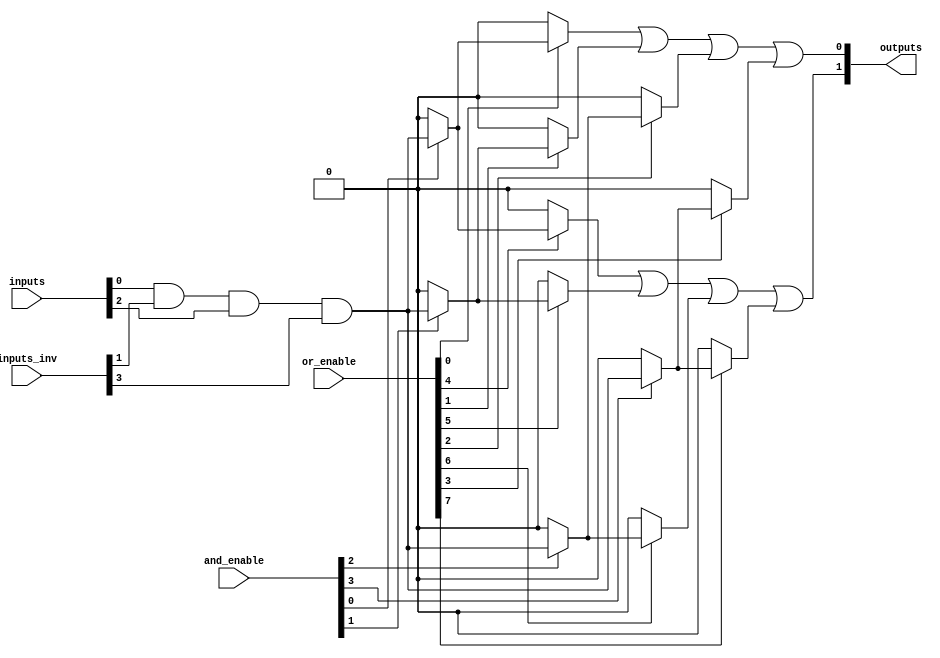
module pla #(parameter N = 4,         // Number of inputs
             parameter M = 2,         // Number of outputs
             parameter P = 4)         // Number of AND gates
(
    input  [N-1:0] inputs,           // Input signals
    input  [N-1:0] inputs_inv,       // Complemented input signals
    input  [P-1:0] and_enable,       // Enable signals for AND gates
    input  [M*P-1:0] or_enable,      // Enable signals for OR gates
    output [M-1:0] outputs            // Output signals
);

// Intermediate AND gate results
wire [P-1:0] and_results;

// Generate AND gates with programmable connections
genvar i;
generate
    for (i = 0; i < P; i = i + 1) begin : and_gates
        assign and_results[i] = (and_enable[i]) ? 
            ((inputs[0] & (N > 1 ? inputs_inv[1] : 1'b1)) &  // Example logic: AND gate connections
            (N > 2 ? inputs[2] : 1'b1) & (N > 3 ? inputs_inv[3] : 1'b1)) : 1'b0;
    end
endgenerate

// OR output calculations
genvar j;
generate
    for (j = 0; j < M; j = j + 1) begin : or_gates
        assign outputs[j] = (or_enable[j*P + 0] ? and_results[0] : 1'b0) |
                            (or_enable[j*P + 1] ? and_results[1] : 1'b0) |
                            (or_enable[j*P + 2] ? and_results[2] : 1'b0) |
                            (or_enable[j*P + 3] ? and_results[3] : 1'b0);
    end
endgenerate

endmodule